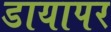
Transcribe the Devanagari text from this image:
डायापर